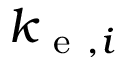
k _ { \mathrm { ~ e ~ } , i }